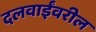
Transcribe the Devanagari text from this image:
दलवाईंवरील